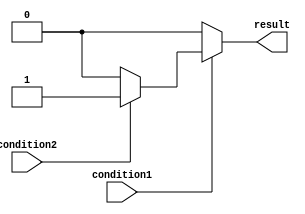
module nested_if_else (
    input wire condition1,
    input wire condition2,
    output reg result
);

always @* begin
    if (condition1) begin
        if (condition2) begin
            // Code to be executed if condition1 and condition2 are true
            result <= 1;
        end else begin
            // Code to be executed if condition1 is true and condition2 is false
            result <= 2;
        end
    end else begin
        // Code to be executed if condition1 is false
        result <= 0;
    end
end

endmodule